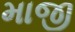
માજી